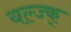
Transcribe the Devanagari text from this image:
यल्ज्क्